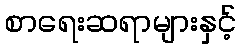
စာရေးဆရာများနှင့်